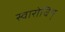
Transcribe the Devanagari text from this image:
स्वारोचिष्‌